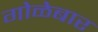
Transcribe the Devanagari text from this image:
गोळेबार